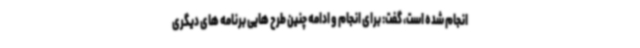
انجام شده است، گفت: برای انجام و ادامه چنین طرح هایی برنامه های دیگری